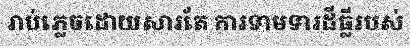
រាប់ភ្លេចដោយសារតែ ការទាមទារដីធ្លីរបស់